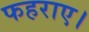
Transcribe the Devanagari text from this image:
फहराए।